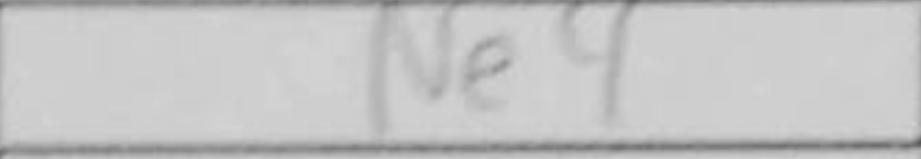
Transcription: Ne4